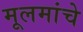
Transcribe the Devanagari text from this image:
मूलमांचे